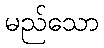
မည်သော